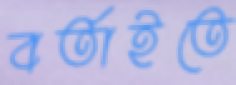
বর্তাইতে